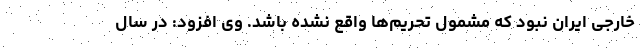
خارجی ایران نبود که مشمول تحریم‌ها واقع نشده باشد. وی افزود: در سال